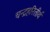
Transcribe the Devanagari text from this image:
चन्द्रहरितीर्थ